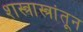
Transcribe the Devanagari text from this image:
शस्त्रास्त्रांतून